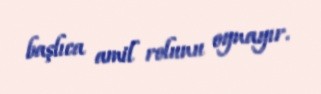
başlıca amil rolunu oynayır.